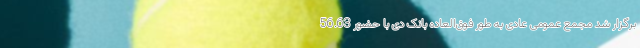
برگزار شد مجمع عمومی عادی به طور فوق‌العاده بانک دی با حضور 56.63